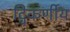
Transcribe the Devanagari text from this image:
द्विकर्णीय